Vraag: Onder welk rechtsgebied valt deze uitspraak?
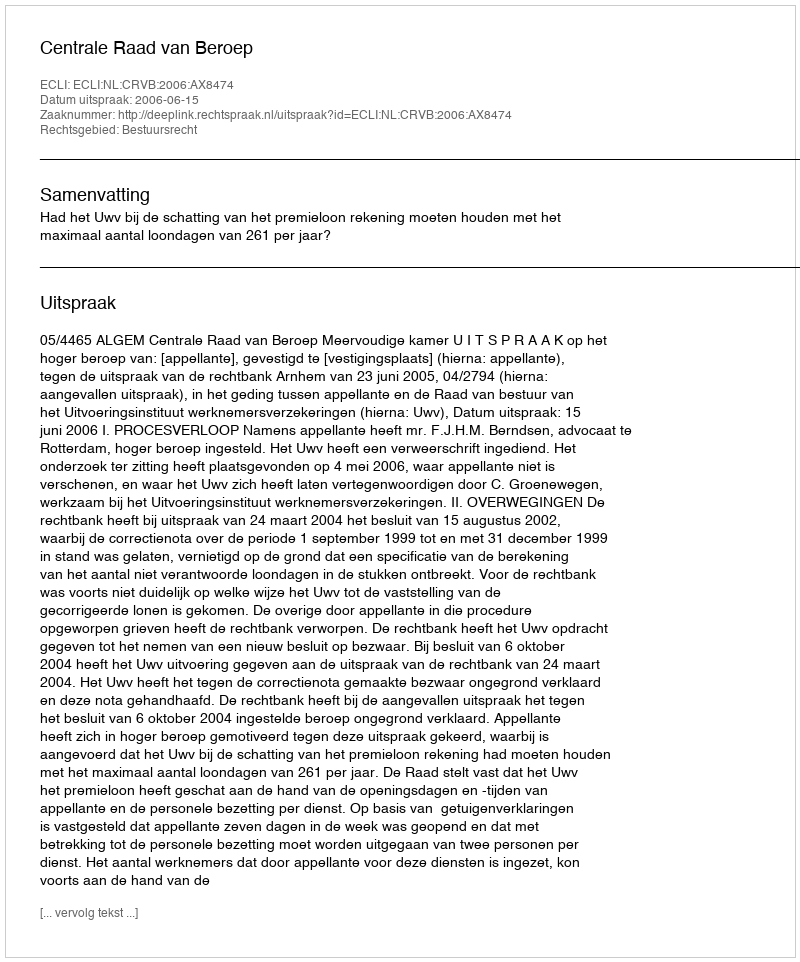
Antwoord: Bestuursrecht